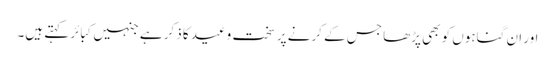
اور ان گناہوں کو بھی پڑھا جس کے کرنے پر سخت وعید کا ذکر ہے جنہیں کبائر کہتے ہیں۔